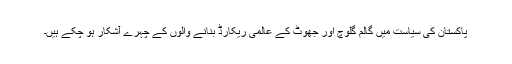
پاکستان کی سیاست میں گالم گلوچ اور جھوٹ کے عالمی ریکارڈ بنانے والوں کے چہرے آشکار ہو چکے ہیں۔